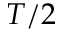
T / 2